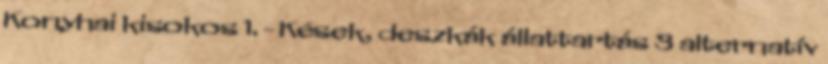
Konyhai kisokos 1. - Kések, deszkák állattartás 3 alternatív